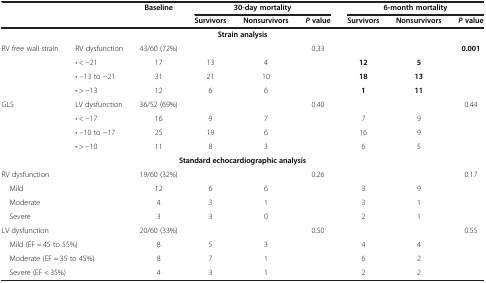
| <ROWSPAN=2-COLSPAN=2>  | <ROWSPAN=2> Baseline | <COLSPAN=3> 30-day mortality | <COLSPAN=3> 6-month mortality |
 | Survivors | Nonsurvivors | P value | Survivors | Nonsurvivors | P value |
 | --- | --- | --- | --- | --- | --- | --- | --- | --- |
 | <COLSPAN=9> Strain analysis |
 | <ROWSPAN=4> RV free wall strain | RV dysfunction | 43/60 (72%) |  |  | <ROWSPAN=4> 0.33 |  |  | <ROWSPAN=4> 0.001 |
 | • < −21 | 17 | 13 | 4 | 12 | 5 |
 | • –13 to −21 | 31 | 21 | 10 | 18 | 13 |
 | • > −13 | 12 | 6 | 6 | 1 | 11 |
 | <ROWSPAN=4> GLS | LV dysfunction | 36/52 (69%) |  |  | <ROWSPAN=4> 0.40 |  |  | <ROWSPAN=4> 0.44 |
 | • < −17 | 16 | 9 | 7 | 7 | 9 |
 | • –10 to −17 | 25 | 19 | 6 | 16 | 9 |
 | • > −10 | 11 | 8 | 3 | 6 | 5 |
 | <COLSPAN=9> Standard echocardiographic analysis |
 | <COLSPAN=2> RV dysfunction | 19/60 (32%) |  |  | <ROWSPAN=4> 0.26 |  |  | <ROWSPAN=4> 0.17 |
 | <COLSPAN=2> Mild | 12 | 6 | 6 | 3 | 9 |
 | <COLSPAN=2> Moderate | 4 | 3 | 1 | 3 | 1 |
 | <COLSPAN=2> Severe | 3 | 3 | 0 | 2 | 1 |
 | <COLSPAN=2> LV dysfunction | 20/60 (33%) |  |  | <ROWSPAN=4> 0.50 |  |  | <ROWSPAN=4> 0.55 |
 | <COLSPAN=2> Mild (EF = 45 to 55%) | 8 | 5 | 3 | 4 | 4 |
 | <COLSPAN=2> Moderate (EF = 35 to 45%) | 8 | 7 | 1 | 6 | 2 |
 | <COLSPAN=2> Severe (EF < 35%) | 4 | 3 | 1 | 2 | 2 |